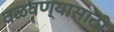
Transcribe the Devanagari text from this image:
वळवण्यासाठी